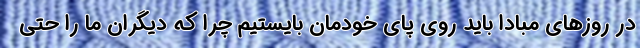
در روزهای مبادا باید روی پای خودمان بایستیم چرا که دیگران ما را حتی